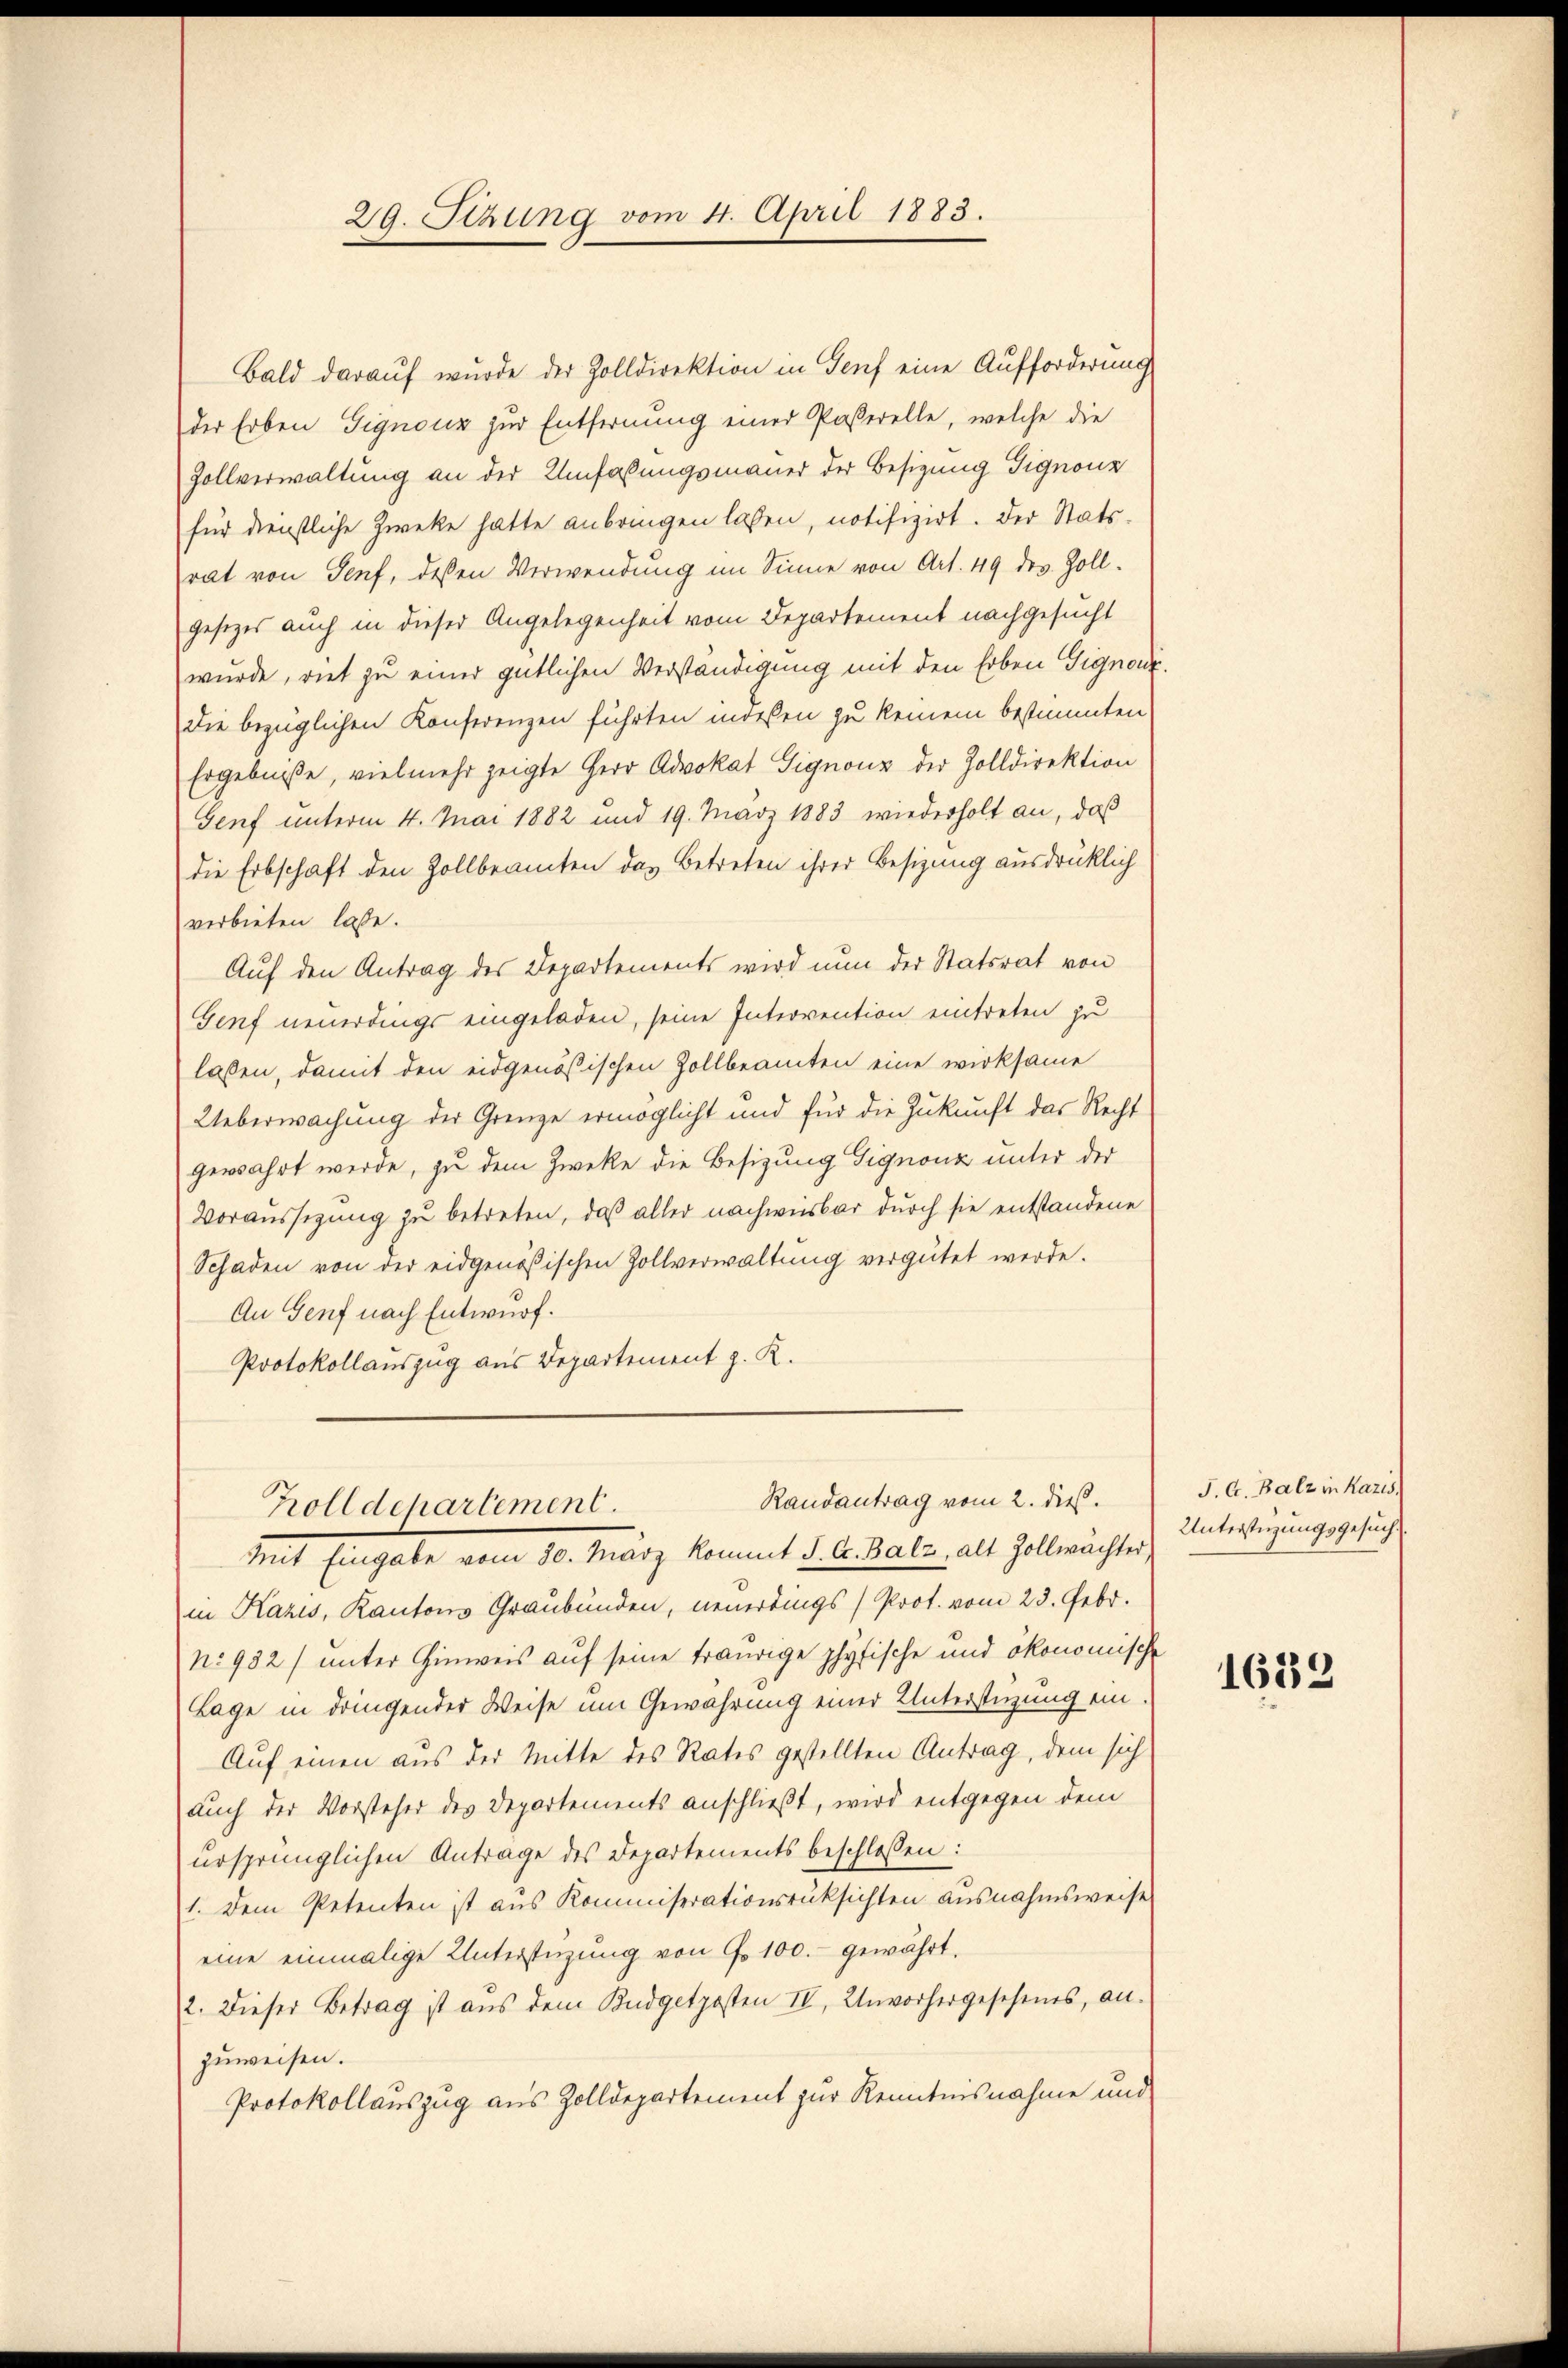
29. Sitzung vom 4. April 1883.

Bald darauf wurde der Zolldirektion in Genf eine Aufforderung
der Erben Signouz zur Entfernung einer Passerelle, welche die
Zollverwaltung an der Umfassungsmauer der Besizung Gignonz
für dienstliche Zwecke hatte anbringen lassen, notifizirt. Der Statsrat von Senf, deßen Verwendung im Sinne von Art. 49 des Zoll-
gesezes auch in dieser Angelegenheit vom Departement nachgesucht
wurde, riet zu einer gütlichen Verständigung mit den Erben Gignonz
die bezüglichen Konferenzen führten mochen zu keinem bestimmten
Ergebniße, vielmehr zeigte Herr Advokat Signonz der Zolldirektion
Genf unterm 4. Mai 1882 und 19. März 1883 wiederholt an, daß
die Erbschaft den Zollbeamten das Betreten ihrer Besizung ausdrücklich
verbieten lasse.
Auf den Antrag des Departements wird nun der Statsrat von
Genf neuerdings eingeladen, seine Intervention eintreten zu
lasen, damit den eidgenößischen Zollbeamten eine wirksame
Ueberwachung der Grenze ermöglicht und für die Zukunft das Recht
gewahrt werde, zu dem Zwecke die Besizung Gignonz unter der
Voraussizung zu betreten, daß aller nachwisbar durch sie entstandene
Schaden von der eidgenößischen Zollverwaltung vergütet werde.
An Genf nach Entwurf.
Protokollauszug aus Departement z. K.
Randantrag vom 2. dieß.
Zolldepartement.
Mit Eingabe vom 10. März kommt d. d. Satz. als Zollerächter,
in Kazis, Kantons Graubünden, neuerdings Prot. vom 23. Febr.
n. 932) unter Hinweis auf seine traurige physische und ökonomische
Lage in dringender Weise um Gewahrung einer Unterstützung ein-
Auf einen aus der Mitte des Rates gestellten Antrag, dem sich
auch der Vorsteher des Departements anschließt, wird entgegen dem
ursprünglichen Antrage des Departements beschlossen:
1. Dem Petenten ist aus Kommiserationsrüksichten ausnahmsweise
eine einmalige Unterstüzung von Fr. 100.- gewährt.
2. Dieser Betrag ist aus dem Budgetposten IV, Unvorhergesehenes, an-
zuweisen.
Protokollauszug aus Zolldepartement zur Kenntnisnahme und

J. G. Balz in karis
Unterstüzungsgesuch

1638